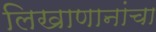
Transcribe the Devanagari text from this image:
लिखाणानांचा